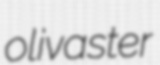
olivaster